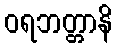
ဝရဘတ္တာနိ